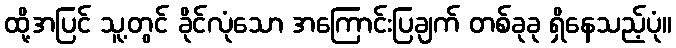
ထို့အပြင် သူ့တွင် ခိုင်လုံသော အကြောင်းပြချက် တစ်ခုခု ရှိနေသည့်ပုံ။